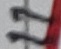
Text: 11